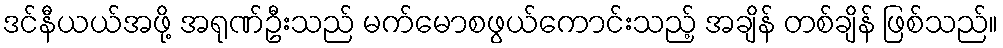
ဒင်နီယယ်အဖို့ အရုဏ်ဦးသည် မက်မောစဖွယ်ကောင်းသည့် အချိန် တစ်ချိန် ဖြစ်သည်။